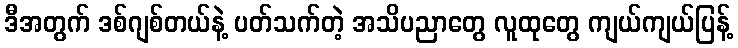
ဒီအတွက် ဒစ်ဂျစ်တယ်နဲ့ ပတ်သက်တဲ့ အသိပညာတွေ လူထုတွေ ကျယ်ကျယ်ပြန့်